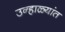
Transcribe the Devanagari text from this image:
उन्हाळ्यांत